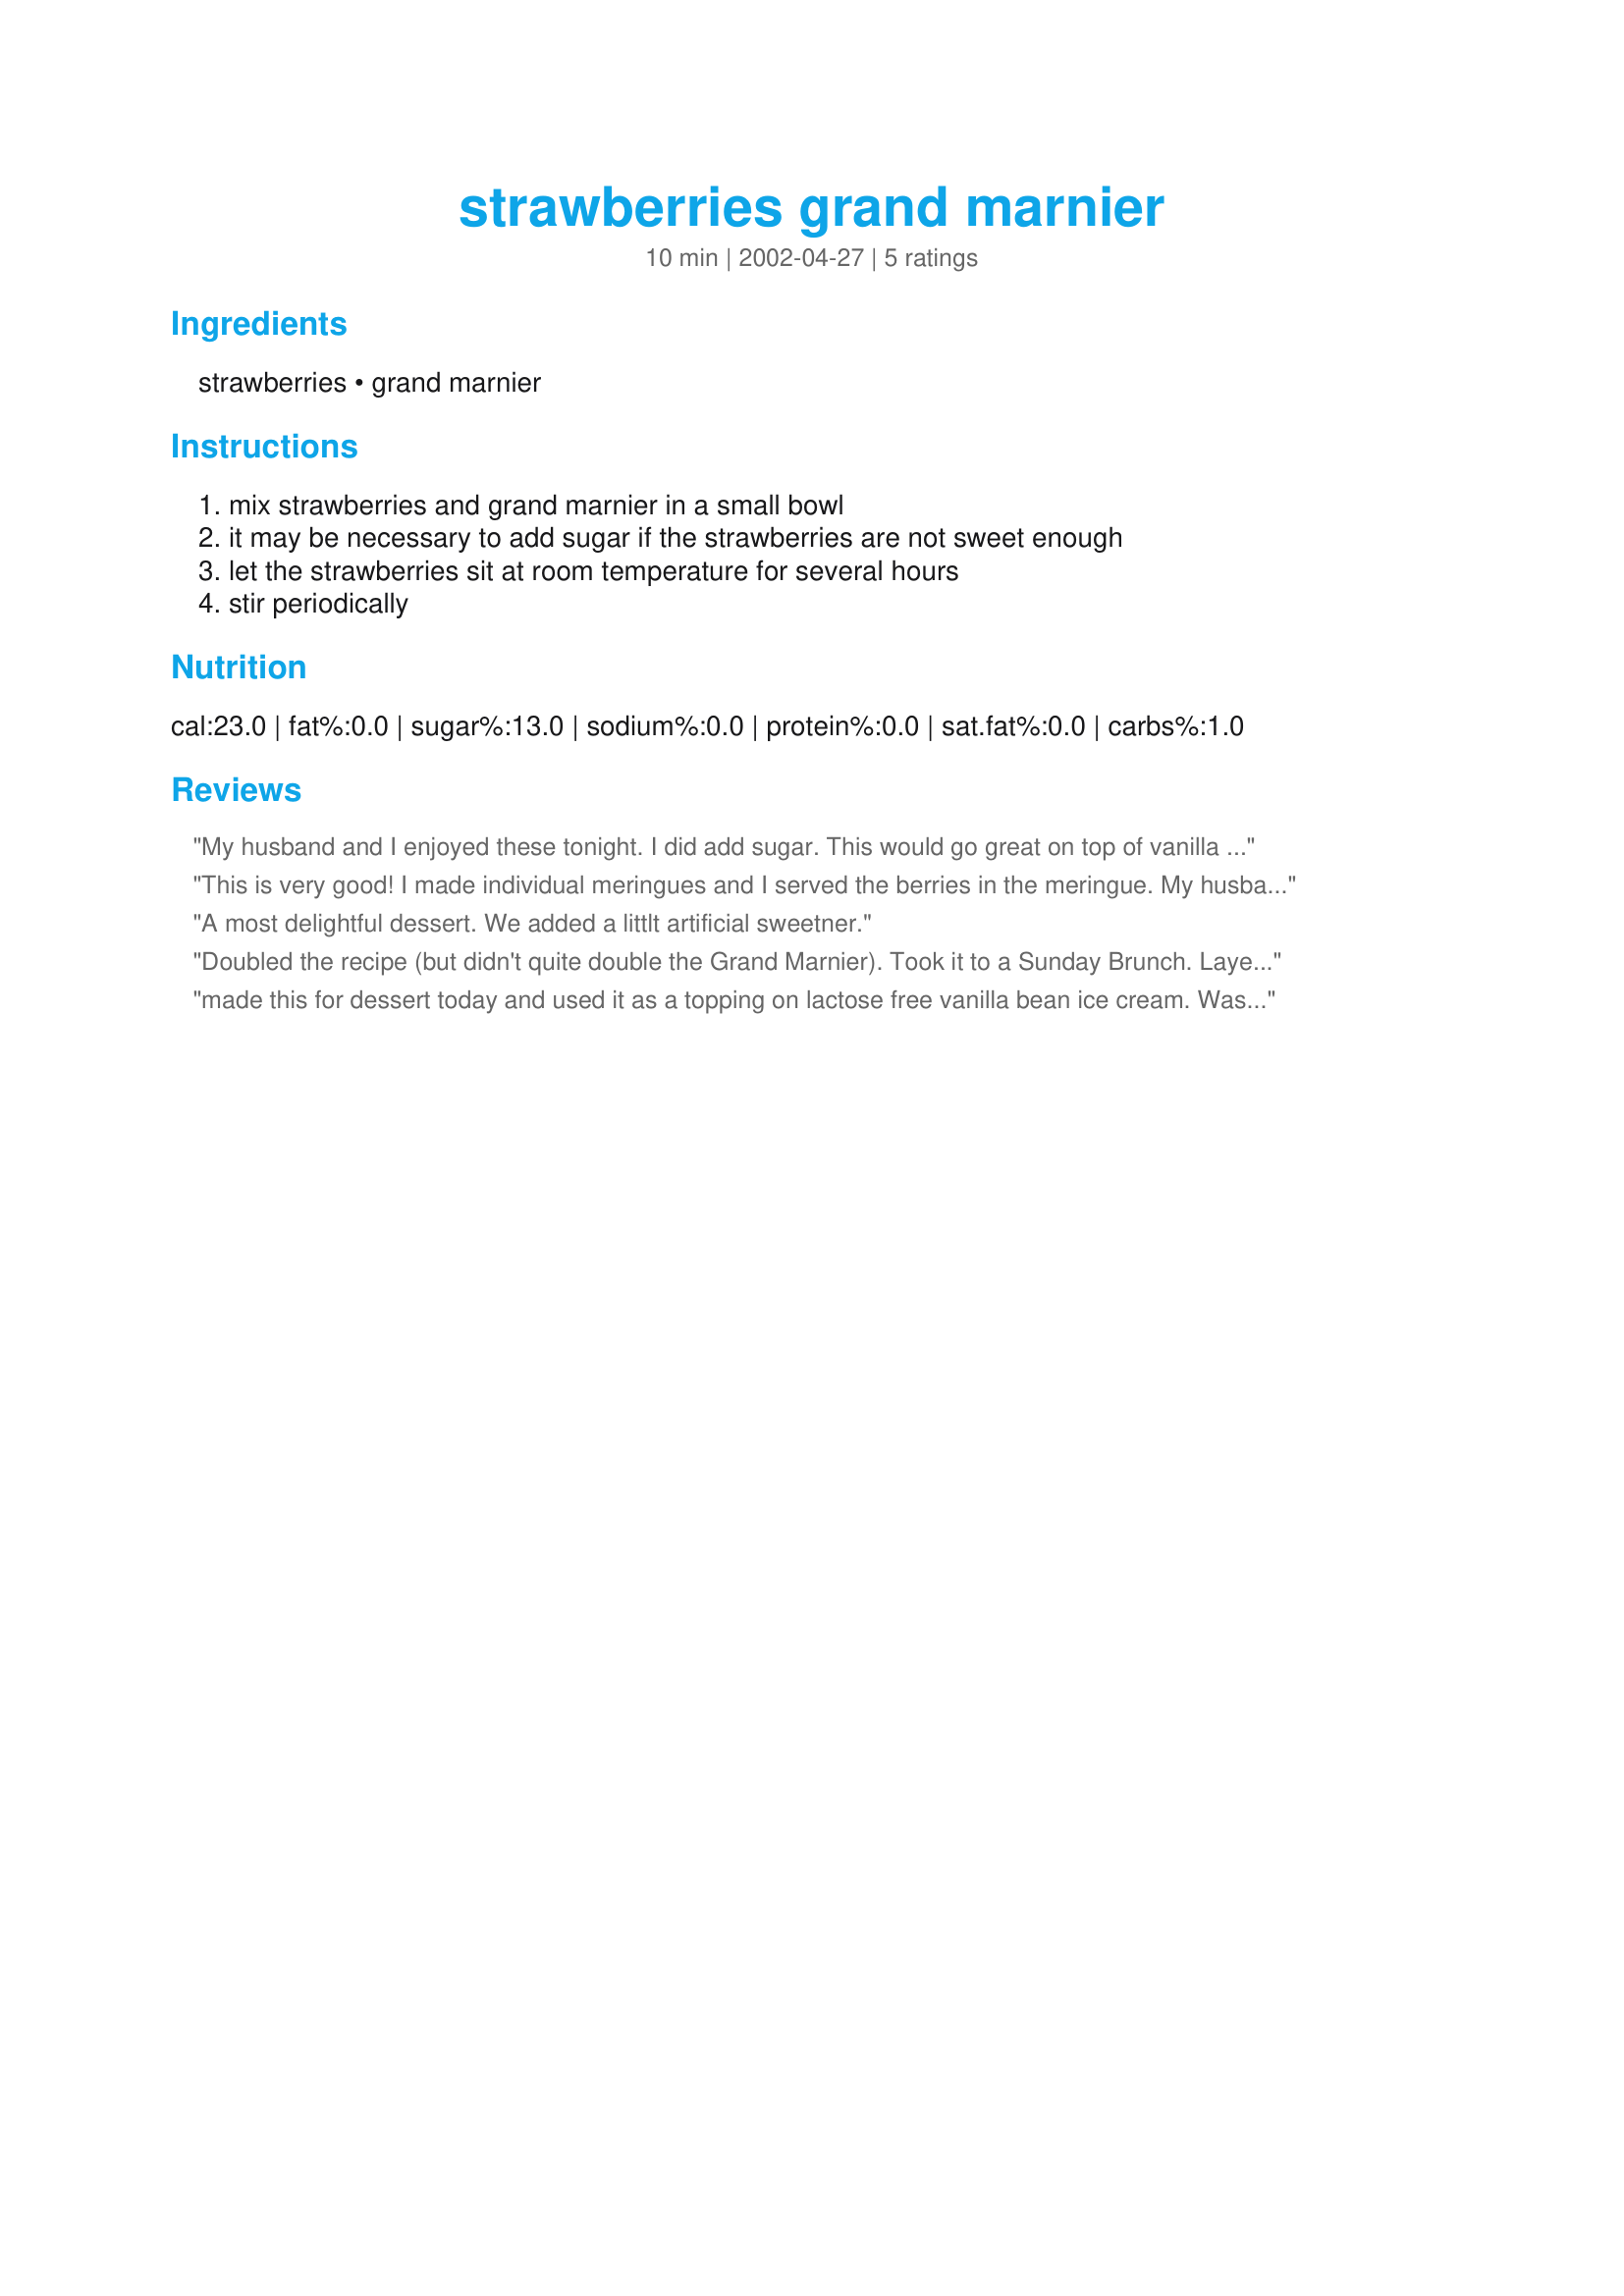
strawberries grand marnier
Preparation time: 10 minutes

Ingredients:
strawberries, grand marnier

Steps:
mix strawberries and grand marnier in a small bowl, it may be necessary to add sugar if the strawberries are not sweet enough, let the strawberries sit at room temperature for several hours, stir periodically

Reviews:
My husband and I enjoyed these tonight. I did add sugar. This would go great on top of vanilla ice cream and then drizzle the syrup over it also.
This is very good! I made individual meringues and I served the berries in the meringue. My husband had to have whipped cream too. Dancer, you sure have a winner here. Thanks.
A most delightful dessert. We added a littlt artificial sweetner.
Doubled the recipe (but didn't quite double the Grand Marnier). Took it to a Sunday Brunch. Layered cut stawberries, Grand Marnier, and a little sugar until bowl was full. VERY NICE DISH! Everyone kept on going back to nibble. Will make again. Thanks Dancer
made this for dessert today and used it as a topping on lactose free vanilla bean ice cream. Was fantastic. I will be making again.
